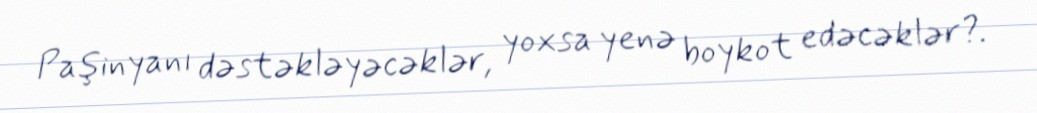
Paşinyanı dəstəkləyəcəklər, yoxsa yenə boykot edəcəklər?.